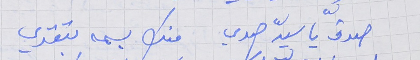
صدق يا سيدّ صدي      منك بسمه بتقدي